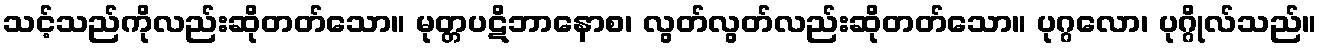
သင့်သည်ကိုလည်းဆိုတတ်သော။ မုတ္တပဋိဘာနောစ၊ လွတ်လွတ်လည်းဆိုတတ်သော။ ပုဂ္ဂလော၊ ပုဂ္ဂိုလ်သည်။